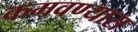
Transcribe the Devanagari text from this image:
कमवण्यास